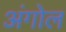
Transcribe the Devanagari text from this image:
अंगोल